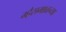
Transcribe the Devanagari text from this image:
म्हैसमाळच्या